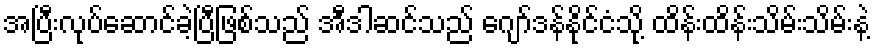
အပြီးလုပ်ဆောင်ခဲ့ပြီဖြစ်သည် အီဒါဆင်သည် ဂျော်ဒန်နိုင်ငံသို့ ထိန်းထိန်းသိမ်းသိမ်းနဲ့